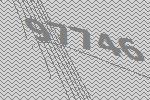
97746